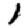
Digit: 1